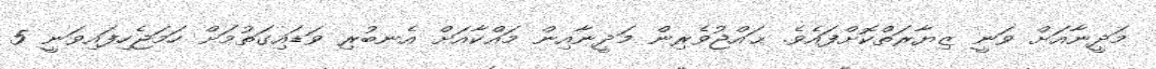
މަދީނާއަށް ވަނީ ޒިޔާރަތްކޮށްފައެވެ. ޙައްޖުވެރިން މަދީނާއިން މައްކާއަށް އެނބުރި ވަޑައިގަތުމަށް ހަމަޖެހިފައިވަނީ 5